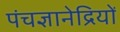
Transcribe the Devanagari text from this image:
पंचज्ञानेद्रियों